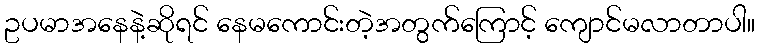
ဥပမာအနေနဲ့ဆိုရင် နေမကောင်းတဲ့အတွက်ကြောင့် ကျောင်မလာတာပါ။